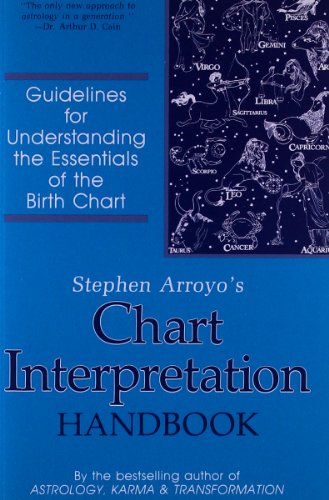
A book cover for Chart Interpretation Handbook: Guidelines for Understanding the Essentials of the Birth Chart; Stephen Arroyo; Religion & Spirituality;